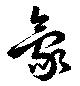
豪